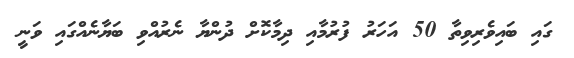
ގައި ބައިވެރިވިތާ 50 އަހަރު ފުރުމާއި ދިމާކޮށް ދުންޔާ ނެރުއްވި ބަޔާނެއްގައި ވަނީ